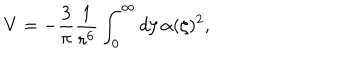
V = - { \frac { 3 } { \pi } } { \frac { 1 } { r ^ { 6 } } } \int _ { 0 } ^ { \infty } d \zeta \, \alpha ( \zeta ) ^ { 2 } ,